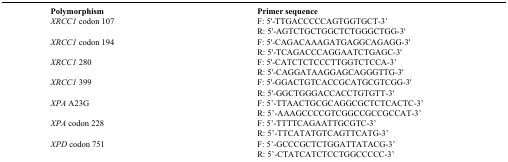
<table><thead><tr><td><b>Polymorphism</b></td><td><b>Primer sequence</b></td></tr></thead><tbody><tr><td><i>XRCC1</i> codon 107</td><td>F: 5&#x27;-TTGACCCCCAGTGGTGCT-3’R: 5&#x27;-AGTCTGCTGGCTCTGGGCTGG-3&#x27;</td></tr><tr><td><i>XRCC1</i> codon 194</td><td>F: 5&#x27;-CAGACAAAGATGAGGCAGAGG-3&#x27;R: 5&#x27;-TCAGACCCAGGAATCTGAGC-3&#x27;</td></tr><tr><td><i>XRCC1</i> 280</td><td>F: 5&#x27;-CATCTCTCCCTTGGTCTCCA-3’R: 5&#x27;-CAGGATAAGGAGCAGGGTTG-3&#x27;</td></tr><tr><td><i>XRCC1</i> 399</td><td>F: 5&#x27;-GGACTGTCACCGCATGCGTCGG-3&#x27;R: 5&#x27;-GGCTGGGACCACCTGTGTT-3&#x27;</td></tr><tr><td><i>XPA</i> A23G</td><td>F: 5’-TTAACTGCGCAGGCGCTCTCACTC-3’R: 5’-AAAGCCCCGTCGGCCGCCGCCAT-3’</td></tr><tr><td><i>XPA</i> codon 228</td><td>F: 5’-TTTTCAGAATTGCGTC-3’R: 5’-TTCATATGTCAGTTCATG-3’</td></tr><tr><td><i>XPD</i> codon 751</td><td>F: 5’-GCCCGCTCTGGATTATACG-3’R: 5’-CTATCATCTCCTGGCCCCC-3’</td></tr></tbody></table>